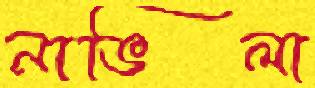
নাভিলা